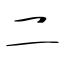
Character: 二